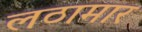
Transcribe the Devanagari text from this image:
लठामार